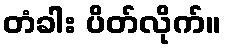
တံခါး ပိတ်လိုက်။